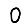
Digit: 0